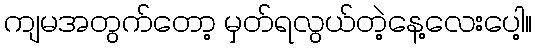
ကျမအတွက်တော့ မှတ်ရလွယ်တဲ့နေ့လေးပေါ့။